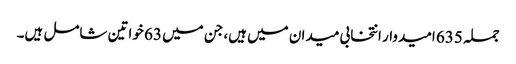
جملہ 635 امیدوار انتخابی میدان میں ہیں، جن میں 63 خواتین شامل ہیں۔